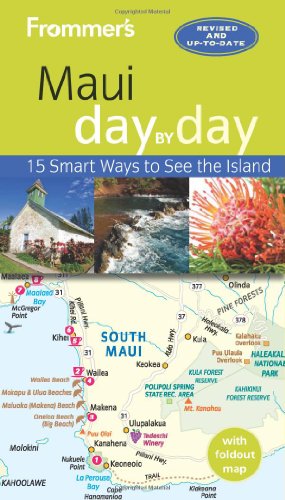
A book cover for Frommer's Maui day by day; Jeanette Foster; Travel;